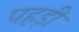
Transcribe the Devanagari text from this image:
पहड़ी